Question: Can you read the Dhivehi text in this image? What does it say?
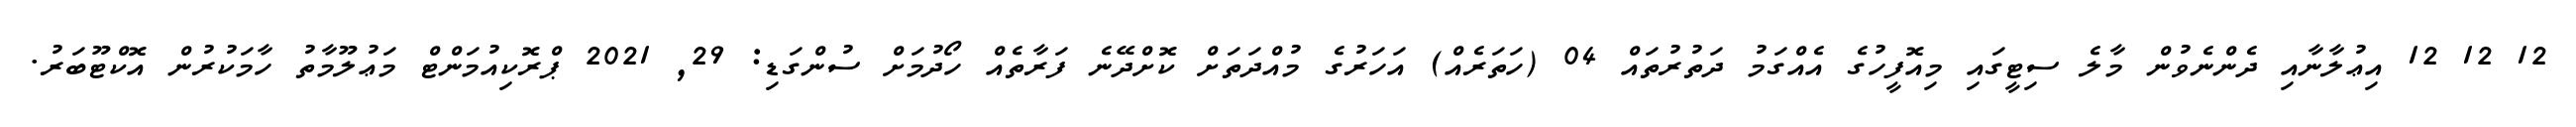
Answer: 12 12 12 އިޢުލާނާއި ދެންނެވުން މާލެ ސިޓީގައި މިއޮފީހުގެ އެއްގަމު ދަތުރުތައް 04 (ހަތަރެއް) އަހަރުގެ މުއްދަތަށް ކޮށްދޭނެ ފަރާތެއް ހޯދުމަށް ސުންގަޑި: 29, 2021 ޕްރޮކިއުމަންޓް މަޢުލޫމާތު ހާމަކުރުން އޮކްޓޫބަރު.